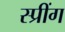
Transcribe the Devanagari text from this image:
स्प्रींग